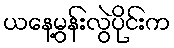
ယနေ့မွန်းလွဲပိုင်းက